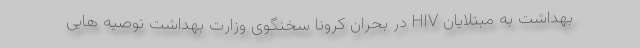
بهداشت به مبتلایان HIV در بحران کرونا سخنگوی وزارت بهداشت توصیه هایی